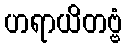
ဟရာယိတဗ္ဗံ